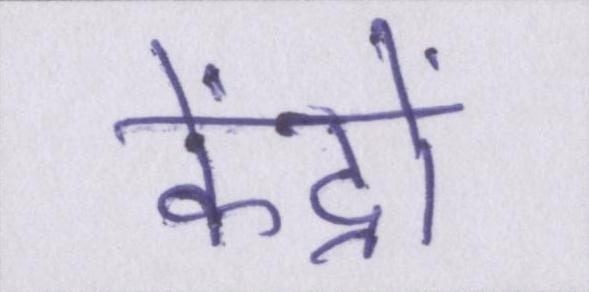
केंद्रों